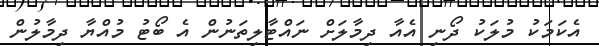
އެކަމަކު މުލަކު ދޯނި އެއާ ދިމާލަށް ނައްޓާލިތަނުން އެ ބޯޓު މުއްޔާ ދިމާލުން